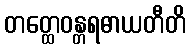
တတ္ထေဝန္တရဓာယတီတိ